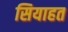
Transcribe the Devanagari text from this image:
सियाहत